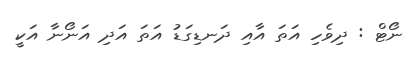
ނޯޓް : ދިވެހި އަތަ އާއި ދަނޑިގަޑު އަތަ އަދި އަނޯނާ އަކީ